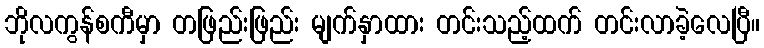
ဘိုလကွန်စကီမှာ တဖြည်းဖြည်း မျက်နှာထား တင်းသည့်ထက် တင်းလာခဲ့လေပြီ။